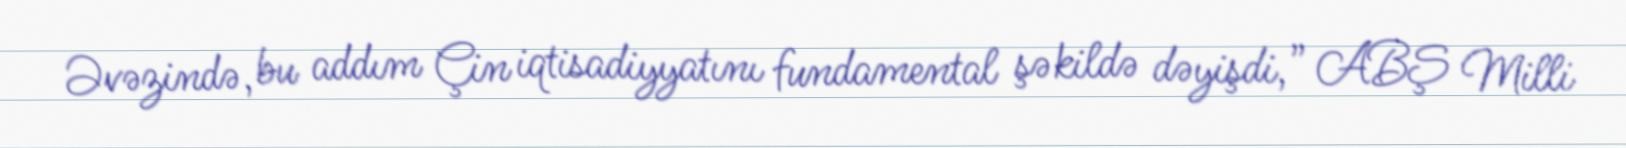
Əvəzində, bu addım Çin iqtisadiyyatını fundamental şəkildə dəyişdi,” ABŞ Milli